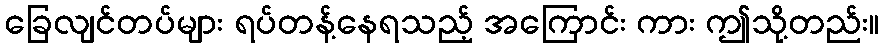
ခြေလျင်တပ်များ ရပ်တန့်နေရသည့် အကြောင်း ကား ဤသို့တည်း။